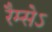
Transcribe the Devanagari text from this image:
रैम्सेऽ